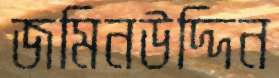
জমিনউদ্দিন